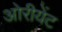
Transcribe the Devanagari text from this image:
ओरीयेंट